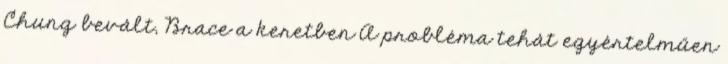
Chung bevált, Brace a keretben A probléma tehát egyértelműen